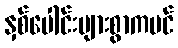
နှစ်ပေါင်းများစွာကပင်